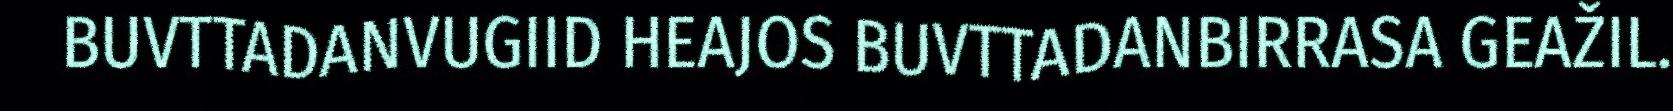
BUVTTADANVUGIID HEAJOS BUVTTADANBIRRASA GEAŽIL.